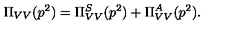
\Pi _ { V V } ( p ^ { 2 } ) = \Pi _ { V V } ^ { S } ( p ^ { 2 } ) + \Pi _ { V V } ^ { A } ( p ^ { 2 } ) .